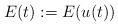
LaTeX: \begin{align*}E(t):=E(u(t))\end{align*}